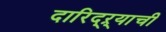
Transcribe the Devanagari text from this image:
दारिद्ऱ्याची